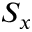
S _ { x }